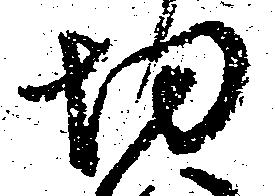
切